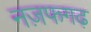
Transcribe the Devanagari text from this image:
नज़फगढ़